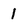
Character: 1